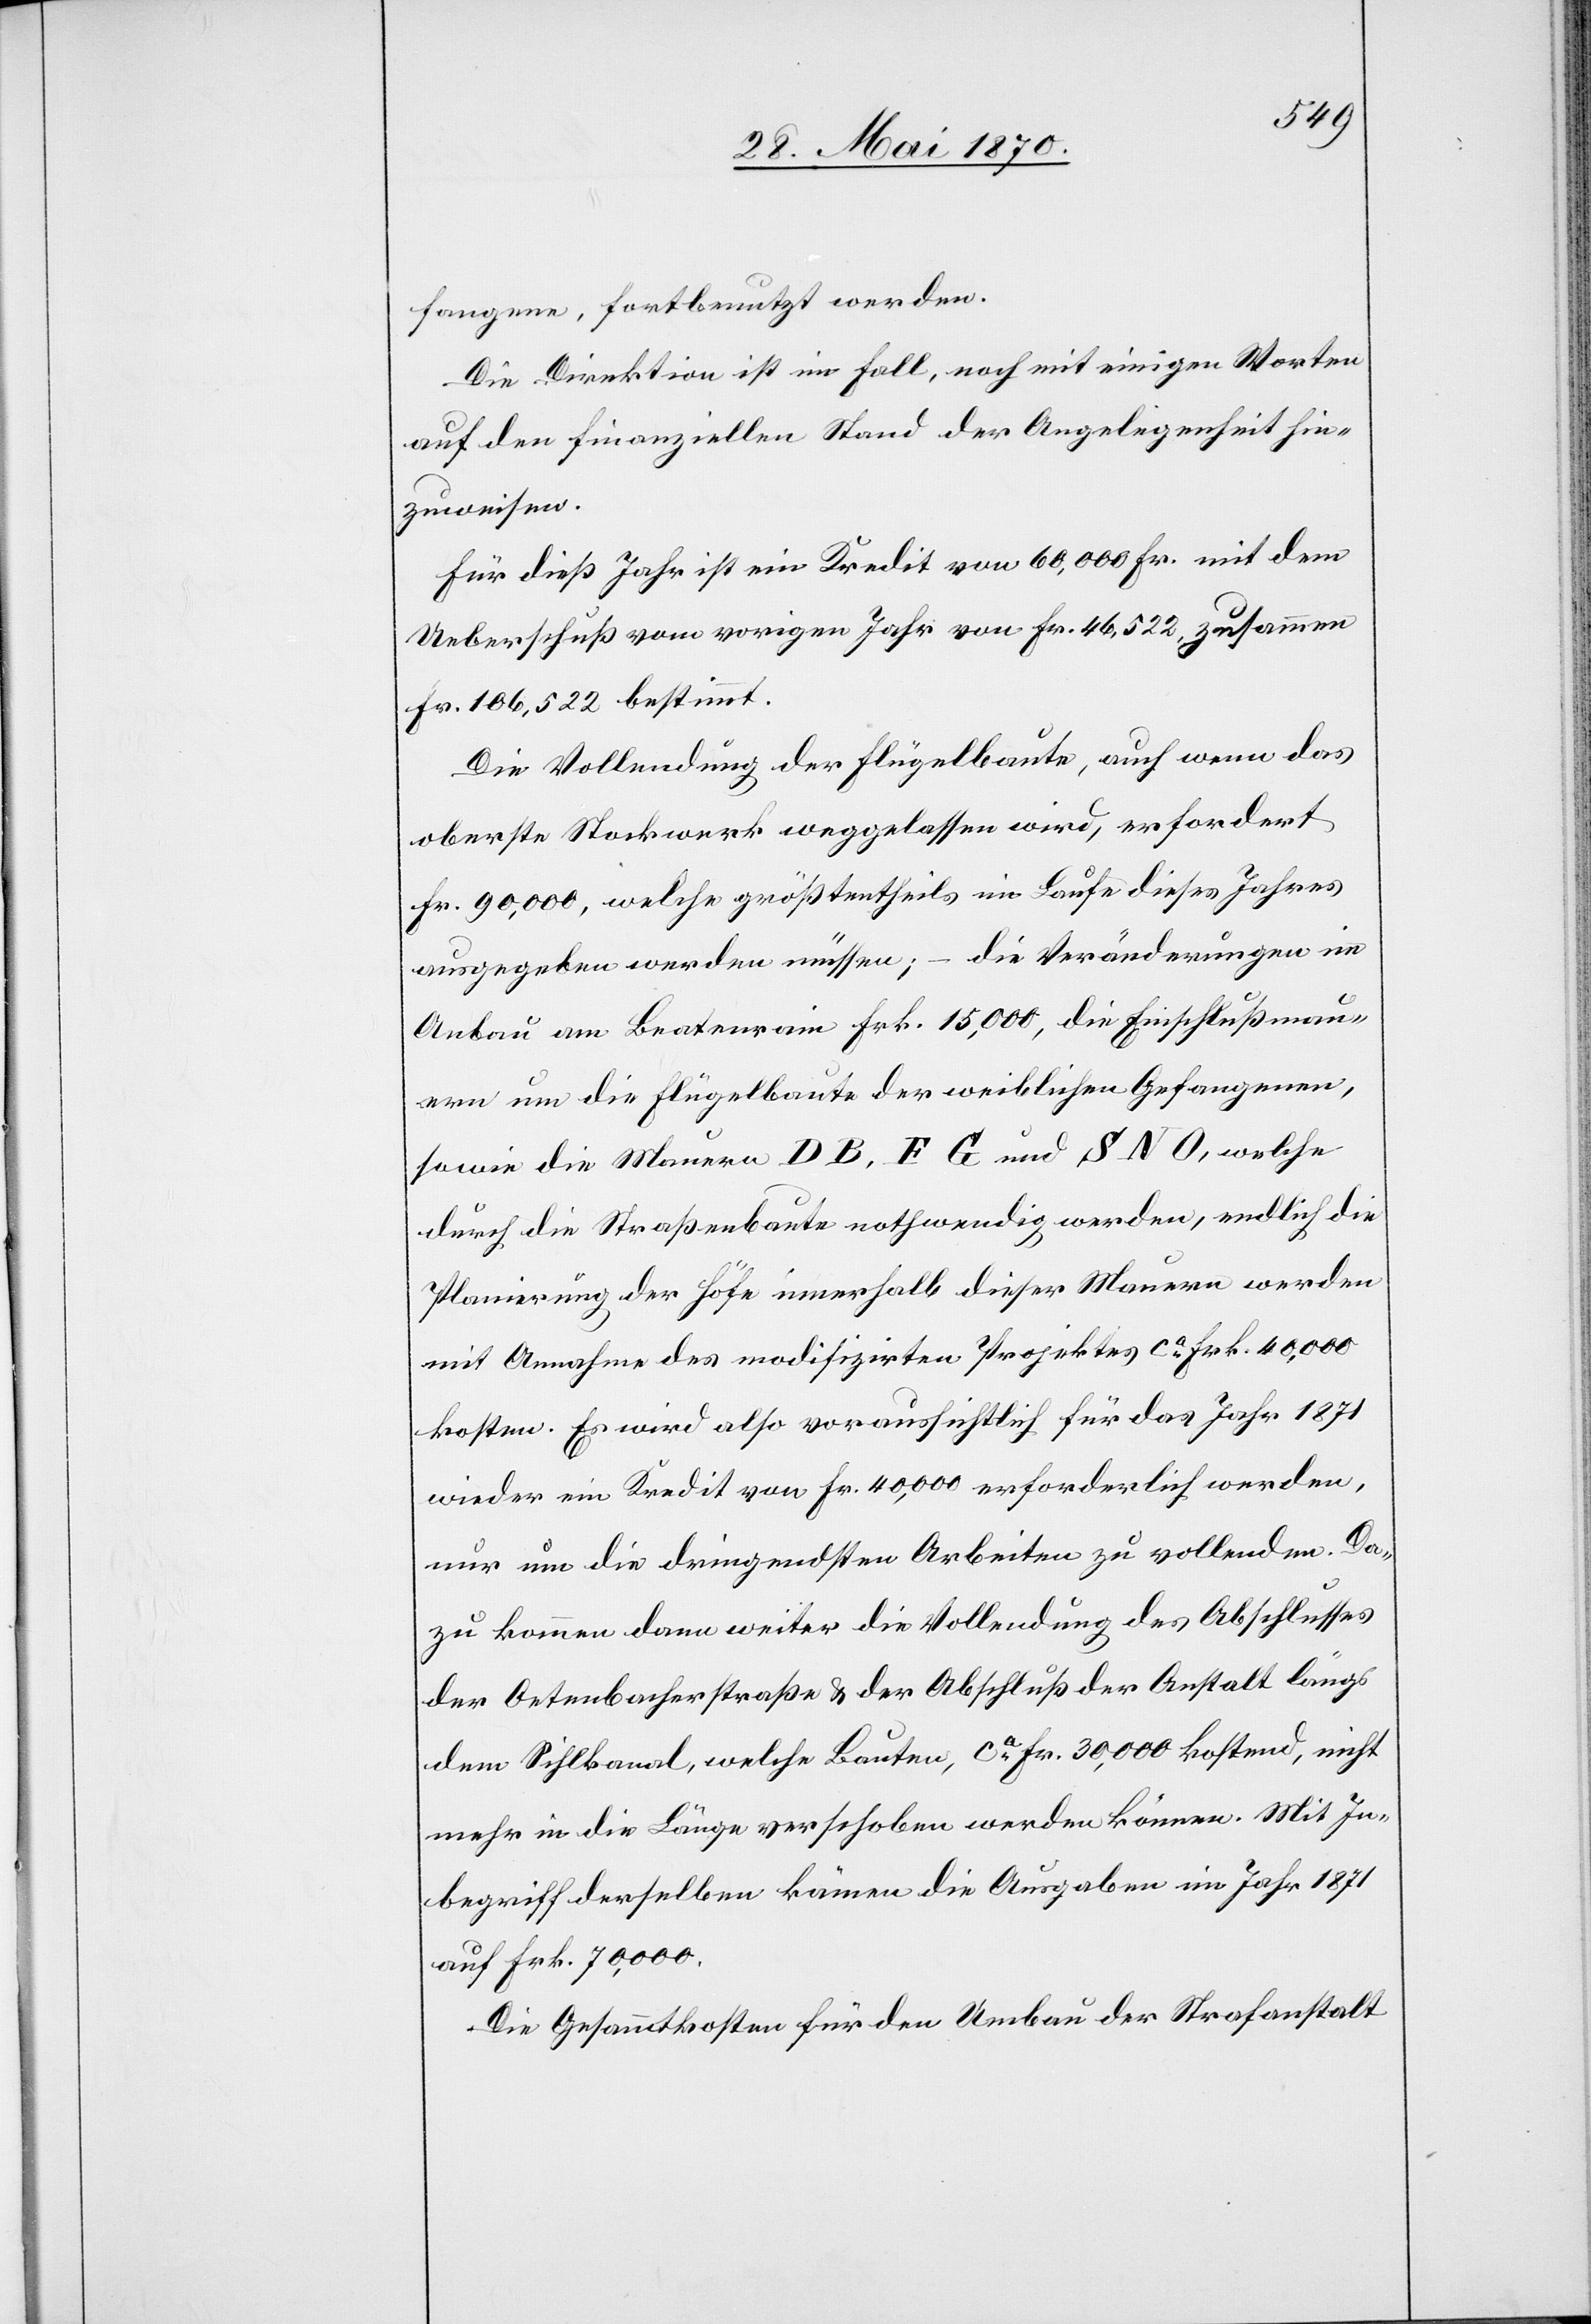
fangene, fortbenutzt werden.
Die Direktion ist im Fall, noch mit einigen Worten
auf den finanziellen Stand der Angelegenheit hin¬
zuweisen.
Für dieß Jahr ist ein Kredit von 60,000 Fr. mit dem
Ueberschuß vom vorigen Jahr von Fr. 46,522, zusammen
Fr. 106,522 bestimmt.
Die Vollendung der Flügelbaute, auch wenn das
oberste Stockwerk weggelassen wird, erfordert
Fr. 90,000, welche größtentheils im Laufe dieses Jahres
ausgegeben werden müssen; – die Veränderungen im
Anbau am Beatenrain Frk. 15,000, die Einschlußmau¬
ern um die Flügelbaute der weiblichen Gefangenen,
sowie die Mauern D B, E G und S N O, welche
durch die Straßenbaute nothwendig werden, endlich die
Planirung der Höfe innerhalb dieser Mauern werden
mit Annahme des modifizirten Projektes ca Frk. 40,000
kosten. Es wird also voraussichtlich für das Jahr 1871
wieder ein Kredit von Fr. 40,000 erforderlich werden,
nur um die dringendsten Arbeiten zu vollenden. Da¬
zu kommen dann weiter die Vollendung des Abschlusses
der Ortenbacherstraße & der Abschluß der Anstalt längs
dem Sihlkanal, welche Bauten, ca Fr. 30,000 kostend, nicht
mehr in die Länge verschoben werden können. Mit In¬
begriff derselben kämen die Ausgaben im Jahr 1871
auf Frk. 70,000.
Die Gesammtkosten für den Umbau der Strafanstalt